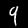
Digit: 9